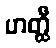
ဟတ္ထီ